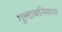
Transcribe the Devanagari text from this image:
गुलाबनिवास